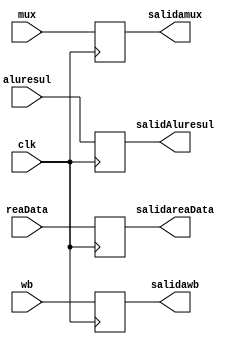
`timescale 1ns/1ns // Tiempo
// 1.- CREACIN DEL MDULO <ENTRADAS Y SALIDAS> I/O
module buffermem_wb(
	input [31:0] reaData,
	input [31:0] aluresul,
	input [4:0] mux,
	input [1:0] wb,
	input clk,
	output reg [1:0]salidawb,
	output reg [31:0] salidareaData,
	output reg [31:0] salidAluresul,
	output reg [4:0] salidamux
);
// 2.- DEFINICIN DE REGISTROS Y CABLES
// 3.- CUERPO DEL MDULO, ASIGNACIONES
initial begin
	salidawb=0;
	salidareaData=0;
	salidAluresul=0;
	salidamux=0;
end
always @(posedge clk)
begin
	salidawb = wb;
	salidareaData = reaData;
	salidAluresul = aluresul;
	salidamux = mux;
end
endmodule